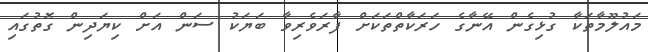
މައުލޫމާތަކާ ގުޅިގެން އޭނާގެ ހަރަކާތްތަކަށް ފާރަވެރިވާ ބަޔަކު ސަން އަށް ކިޔަދިން ގޮތުގައި